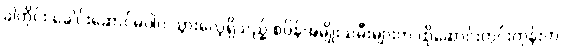
ခါတိုင်း ခေါင်းဆောင်မပါပဲ သွားလေ့ရှိသည့် စပိန်အမျိုးသမီးများက ထိုဆောင်းတွင်းတုန်းက